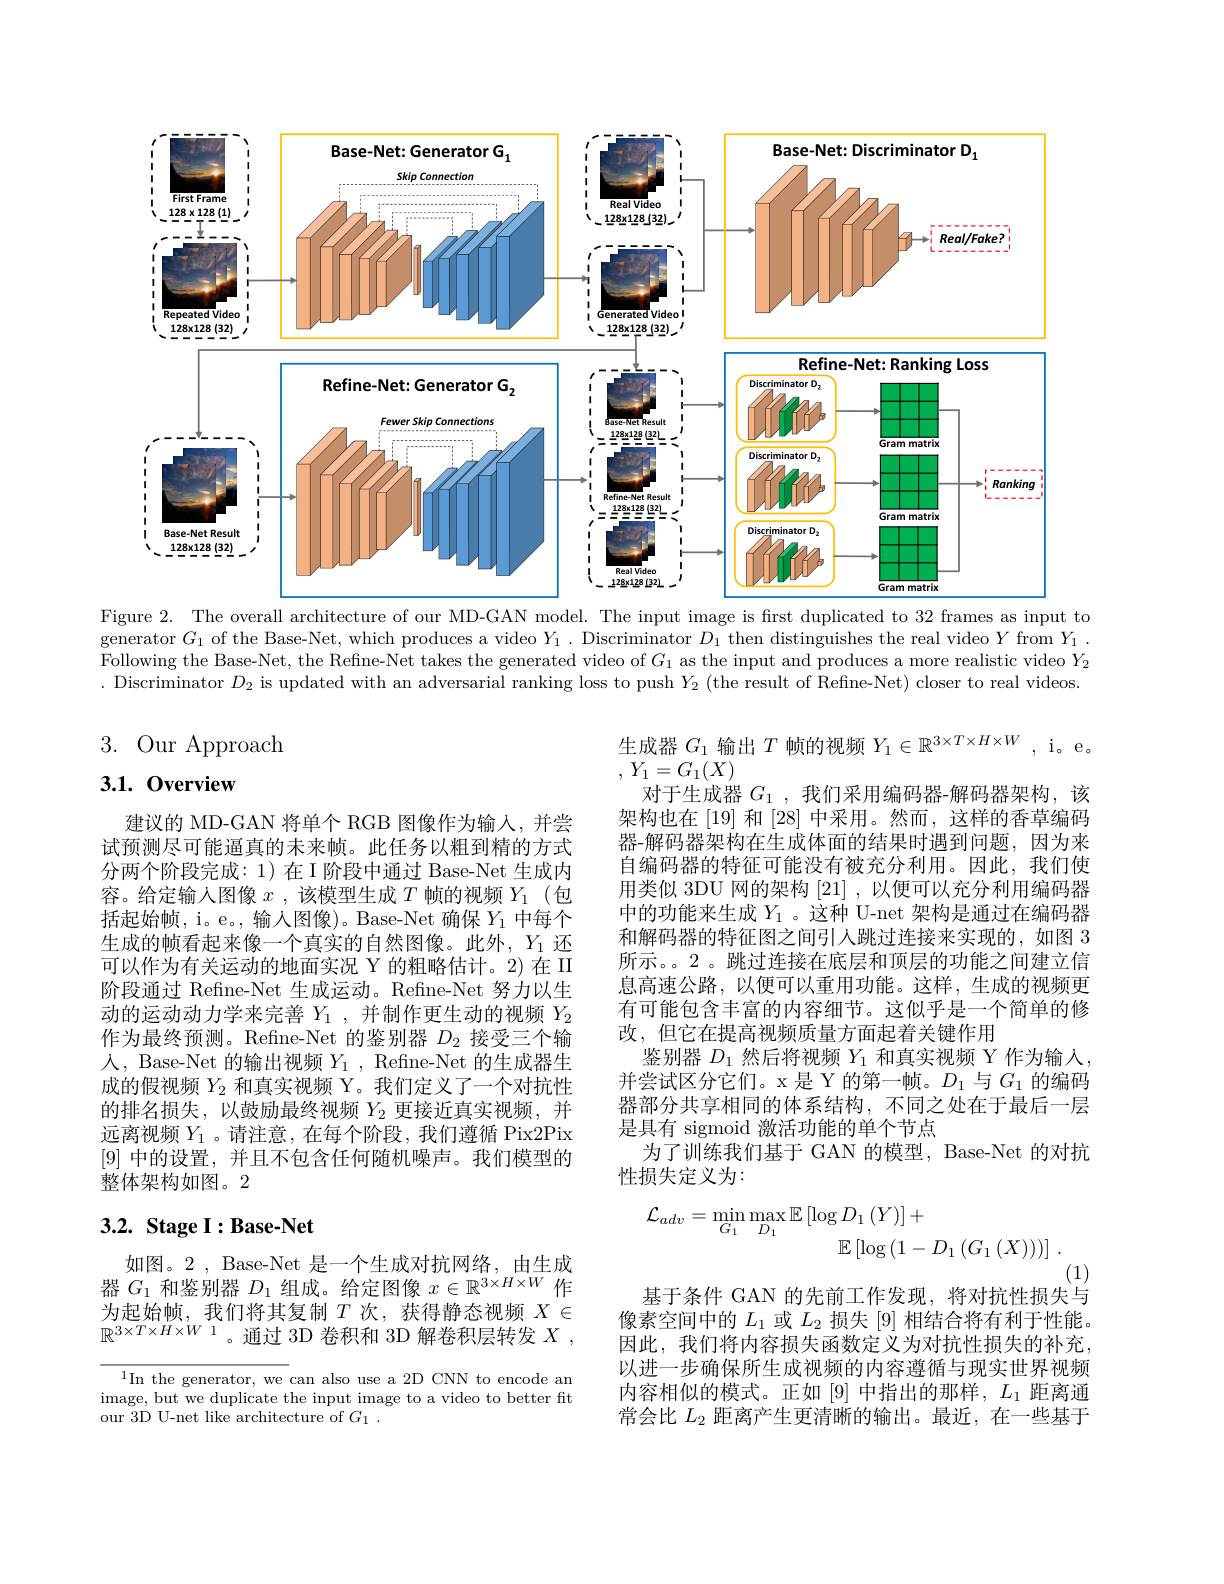
<FigureHere>
Figure 2. The overall architecture of our MD-GAN model. The input image is first duplicated to 32 frames as input to

generator $G_1$ of the Base-Net, which produces a video $Y_1.$ Discriminator $D_1$ then distinguishes the real video $Y$ from $Y_1.$ Following the Base-Net, the Refine-Net takes the generated video of $G_1$ as the input and produces a more realistic video $Y_2$ . Discriminator $D_2$ is updated with an adversarial ranking loss to push $Y_2$ (the result of Refine-Net) closer to real videos.

3. Our Approach

## 3.1.0verview

建议的 MD-GAN 将单个 RGB 图像作为输入，并尝试预测尽可能逼真的未来帧。此任务以粗到精的方式分两个阶段完成：1)在I阶段中通过 Base-Net 生成内容。给定输人图像$x$ ,该模型生成$T$帧的视频$Y_1$ (包括起始帧，i。e。,输入图像)。Base-Net 确保$Y_1$中每个生成的帧看起来像一个真实的自然图像。此外，$Y_1$还可以作为有关运动的地面实况 Y 的粗略估计。2)在 II 阶段通过 Refine-Net 生成运动。Refine-Net 努力以生动的运动动力学来完善$Y_1$,并制作更生动的视频$Y_2$ 作为最终预测。Refine-Net 的鉴别器$D_2$接受三个输人，Base-Net 的输出视频$Y_{1}$, Refine-Net 的生成器生成的假视频$Y_2$和真实视频 Y。我们定义了一个对抗性的排名损失，以鼓励最终视频$Y_{2}$更接近真实视频，并远离视频$Y_1$ 。请注意，在每个阶段，我们遵循 Pix2Pix [9]中的设置，并且不包含任何随机噪声。我们模型的整体架构如图。2

生成器$G_1$输出$T$帧的视频$Y_1\in\mathbb{R}^3\times T\times H\times W$, i。e
, $Y_{1}= G_{1}( X)$
对于生成器$G_1$,我们采用编码器-解码器架构，该架构也在 [19] 和 [28] 中采用。然而，这样的香草编码器-解码器架构在生成体面的结果时遇到问题，因为来自编码器的特征可能没有被充分利用。因此，我们使用类似 3DU 网的架构[21] ,以便可以充分利用编码器中的功能来生成$Y_1$ 。这种 U-net 架构是通过在编码器和解码器的特征图之间引人跳过连接来实现的，如图 3所示。。2 。跳过连接在底层和顶层的功能之间建立信息高速公路，以便可以重用功能。这样，生成的视频更有可能包含丰富的内容细节。这似乎是一个简单的修改，但它在提高视频质量方面起着关键作用
鉴别器$D_1$然后将视频$Y_1$和真实视频 Y 作为输入， 并尝试区分它们。x 是 Y 的第一帧。$D_1$与$G_1$的编码器部分共享相同的体系结构，不同之处在于最后一层是具有 sigmoid 激活功能的单个节点
为了训练我们基于 GAN 的模型，Base-Net 的对抗
性损失定义为：
$$\begin{aligned}\mathcal{L}_{adv}&=\operatorname*{min}_{G_{1}}\operatorname*{max}_{D_{1}}\mathbb{E}\left[\log D_{1}\left(Y\right)\right]+\\&\mathbb{E}\left[\log\left(1-D_{1}\left(G_{1}\left(X\right)\right)\right)\right]\:.\end{aligned}$$
(1)
基于条件 GAN 的先前工作发现，将对抗性损失与像素空间中的$L_1$或$L_2$损失 [9] 相结合将有利于性能。因此，我们将内容损失函数定义为对抗性损失的补充， 以进一步确保所生成视频的内容遵循与现实世界视频内容相似的模式。正如[9]中指出的那样，$L_1$距离通常会比$L_2$距离产生更清晰的输出。最近，在一些基于

## 3.2. Stage I:Base-Net

如图。2, Base-Net 是一个生成对抗网络，由生成器$G_1$和鉴别器$D_1$组成。给定图像$x\in\mathbb{R}^3\times H\times W$作为起始帧，我们将其复制$T$次，获得静态视频$X\in$ $\mathbb{R}^{3\times T\times H\times W\text{ 1}}$。通过 3D 卷积和 3D 解卷积层转发$X$,

$^1$In the generator, we can also use a 2D CNN to encode an image, but we duplicate the input image to a video to better fit our 3D U-net like architecture of $G_1$ .